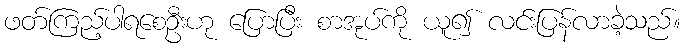
ဖတ်ကြည့်ပါရစေဦးဟု ပြောပြီး စာအုပ်ကို ယူ၍ လင်းပြန်လာခဲ့သည်။